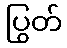
ပြွတ်